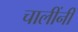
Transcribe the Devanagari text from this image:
चालींनी